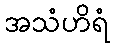
အသံဟိရံ